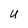
Character: U